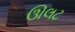
ઊલટ